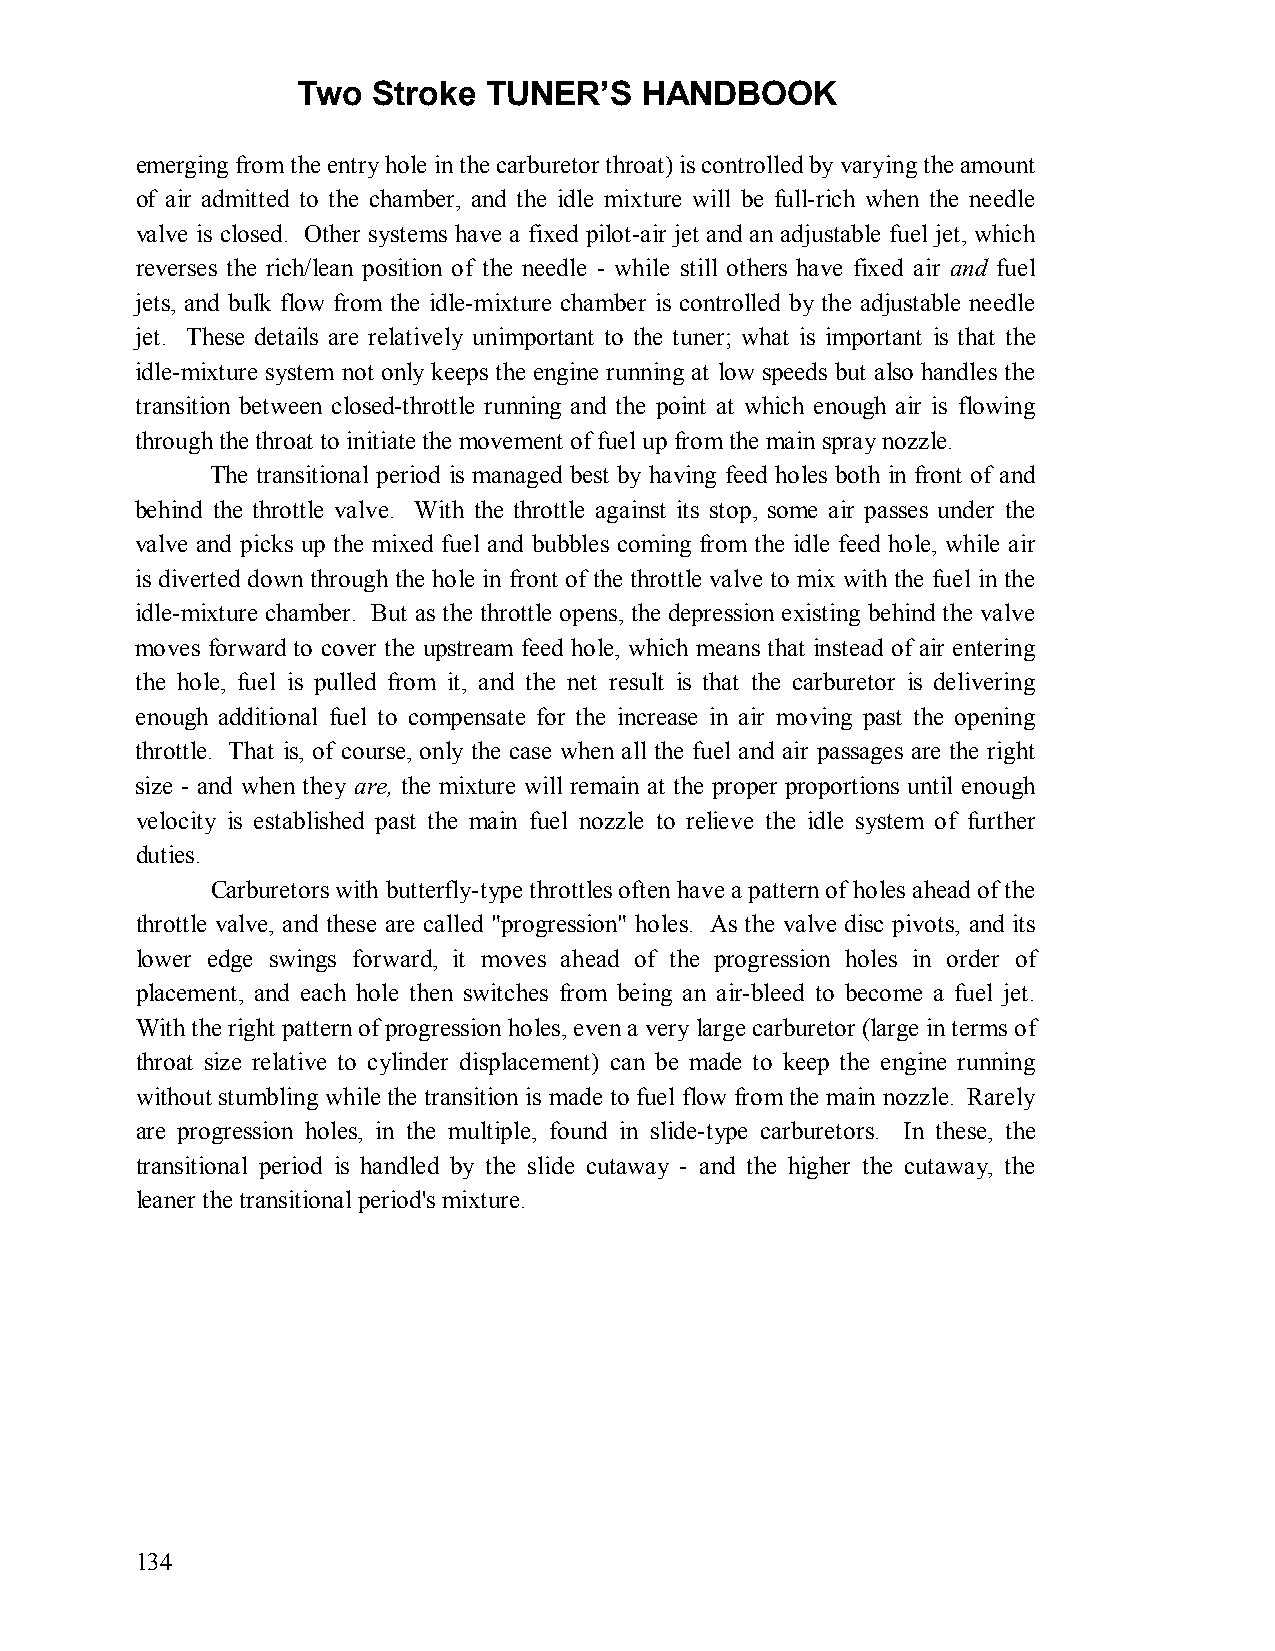
Two  Stroke TUNER’S   HANDBOOK
 emerging from the entry hole in the carburetor throat) is controlled by varying the amount
 of air admitted to the chamber, and the idle mixture will be full-rich when the needle
 valve is closed. Other systems have a fixed pilot-air jet and an adjustable fuel jet, which
 reverses the rich/lean position of the needle - while still others have fixed air and fuel
 jets, and bulk flow from the idle-mixture chamber is controlled by the adjustable needle
 jet. These details are relatively unimportant to the tuner; what is important is that the
 idle-mixture system not only keeps the engine running at low speeds but also handles the
 transition between closed-throttle running and the point at which enough air is flowing
 through the throat to initiate the movement of fuel up from the main spray nozzle.
 The transitional period is managed best by having feed holes both in front of and
 behind the throttle valve. With the throttle against its stop, some air passes under the
 valve and picks up the mixed fuel and bubbles coming from the idle feed hole, while air
 is diverted down through the hole in front of the throttle valve to mix with the fuel in the
 idle-mixture chamber. But as the throttle opens, the depression existing behind the valve
 moves forward to cover the upstream feed hole, which means that instead of air entering
 the hole, fuel is pulled from it, and the net result is that the carburetor is delivering
 enough additional fuel to compensate for the increase in air moving past the opening
 throttle. That is, of course, only the case when all the fuel and air passages are the right
 size - and when they are, the mixture will remain at the proper proportions until enough
 velocity is established past the main fuel nozzle to relieve the idle system of further
 duties.
 Carburetors with butterfly-type throttles often have a pattern of holes ahead of the
 throttle valve, and these are called "progression" holes. As the valve disc pivots, and its
 lower edge swings forward, it moves ahead of the progression holes in order of
 placement, and each hole then switches from being an air-bleed to become a fuel jet.
 With the right pattern of progression holes, even a very large carburetor (large in terms of
 throat size relative to cylinder displacement) can be made to keep the engine running
 without stumbling while the transition is made to fuel flow from the main nozzle. Rarely
 are progression holes, in the multiple, found in slide-type carburetors. In these, the
 transitional period is handled by the slide cutaway - and the higher the cutaway, the
 leaner the transitional period's mixture.
 134